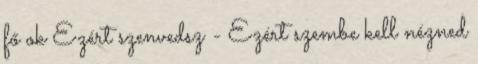
fő ok Ezért szenvedsz - Ezért szembe kell nézned